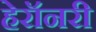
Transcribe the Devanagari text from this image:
हेरॉनरी